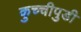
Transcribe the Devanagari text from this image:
कुच्चीपुडी